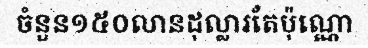
ចំនួន១៥០លានដុល្លារតែប៉ុណ្ណោ